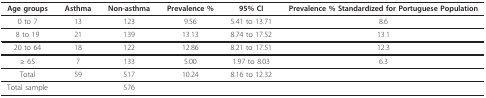
<table><thead><tr><td><b>Age groups</b></td><td><b>Asthma</b></td><td><b>Non-asthma</b></td><td><b>Prevalence %</b></td><td><b>95% CI</b></td><td><b>Prevalence % Standardized for Portuguese Population</b></td></tr></thead><tbody><tr><td>0 to 7</td><td>13</td><td>123</td><td>9.56</td><td>5.41 to 13.71</td><td>8.6</td></tr><tr><td>8 to 19</td><td>21</td><td>139</td><td>13.13</td><td>8.74 to 17.52</td><td>13.1</td></tr><tr><td>20 to 64</td><td>18</td><td>122</td><td>12.86</td><td>8.21 to 17.51</td><td>12.3</td></tr><tr><td>≥ 65</td><td>7</td><td>133</td><td>5.00</td><td>1.97 to 8.03</td><td>6.3</td></tr><tr><td>Total</td><td>59</td><td>517</td><td>10.24</td><td>8.16 to 12.32</td><td></td></tr><tr><td>Total sample</td><td></td><td>576</td><td></td><td></td><td></td></tr></tbody></table>